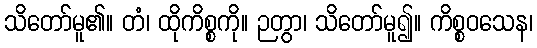
သိတော်မူ၏။ တံ၊ ထိုကိစ္စကို။ ဉတွာ၊ သိတော်မူ၍။ ကိစ္စဝသေန၊